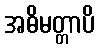
အဓိမတ္တာပိ